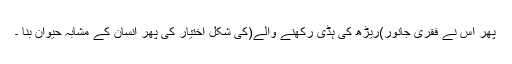
پھر اس نے فقری جانور)ریڑھ کی ہڈی رکھنے والے(کی شکل اختیار کی پھر انسان کے مشابہ حیوان بنا ۔